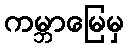
ကမ္ဘာမြေမှ